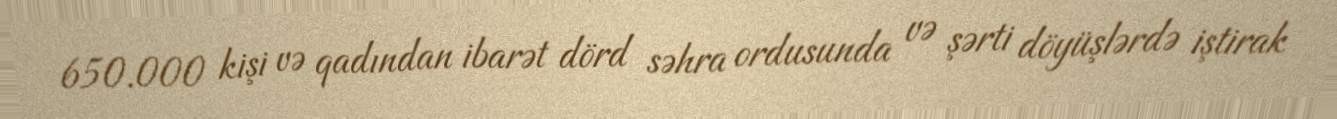
650.000 kişi və qadından ibarət dörd səhra ordusunda və şərti döyüşlərdə iştirak